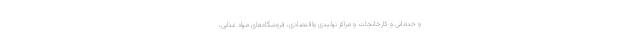
و خدماتی و کارخانجات و مراکز تولیدی واقتصادی، فروشگاه‌های مواد غذایی،